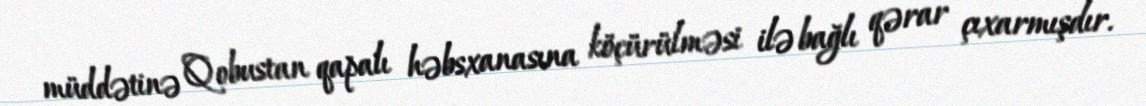
müddətinə Qobustan qapalı həbsxanasına köçürülməsi ilə bağlı qərar çıxarmışdır.